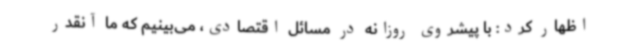
اظهار کرد: با پیشروی روزانه در مسائل اقتصادی، می‌بینیم که ما آنقدر